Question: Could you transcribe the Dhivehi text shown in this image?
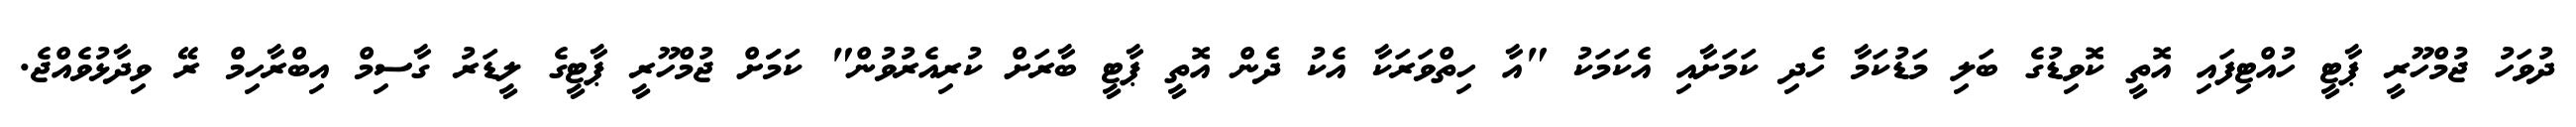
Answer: ދުވަހު ޖުމްހޫރީ ޕާޓީ ހުއްޓިފައި އޮތީ ކޮވިޑުގެ ބަލި މަޑުކަމާ ހެދި ކަމަށާއި އެކަމަކު "އާ ހިތްވަރަކާ އެކު ދެން އޮތީ ޕާޓީ ބާރަށް ކުރިއެރުވުން" ކަމަަށް ޖުމްހޫރީ ޕާޓީގެ ލީޑަރު ގާސިމް އިބްރާހިމް ރޭ ވިދާޅުވެއްޖެ.